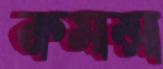
কমন্স